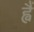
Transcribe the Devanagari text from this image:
ह्वैं